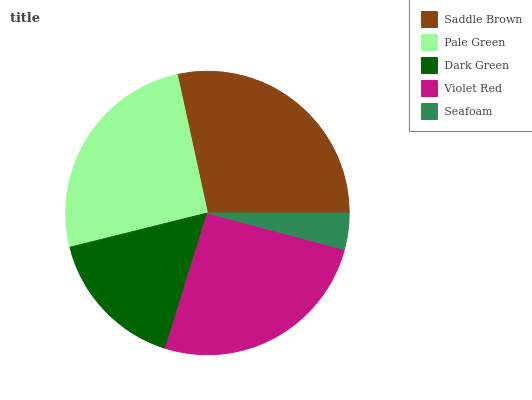
| Saddle Brown | Pale Green | Dark Green | Violet Red | Seafoam |
 | --- | --- | --- | --- | --- |
 | 28.3% | 25.5% | 16.4% | 25.6% | 4.16% |